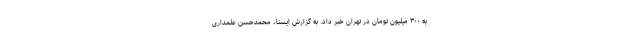
به ۳۰۰ میلیون تومان در تهران خبر داد. به گزارش ایسنا، محمدحسن علمداری